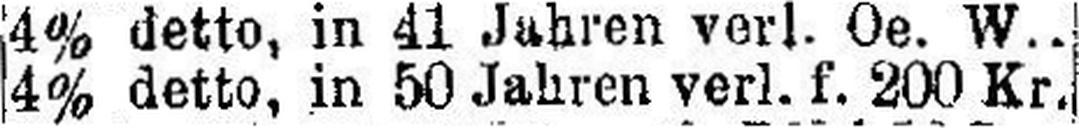
4% detto, in 50 Jahren verl. f. 200 Kr.